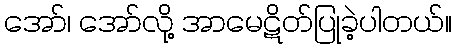
အော်၊ အော်လို့ အာမေဋိတ်ပြုခဲ့ပါတယ်။